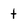
Character: t